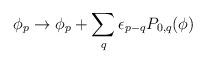
LaTeX: \begin{align*}\phi_p\rightarrow\phi_p+\sum_q\epsilon_{p-q}P_{0,q}(\phi)\end{align*}